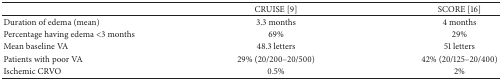
<table><thead><tr><td><b> </b></td><td><b>CRUISE [9] </b></td><td><b>SCORE [16] </b></td></tr></thead><tbody><tr><td>Duration of edema (mean) </td><td>3.3 months </td><td>4 months </td></tr><tr><td>Percentage having edema &lt;3 months</td><td>69% </td><td>29% </td></tr><tr><td>Mean baseline VA </td><td>48.3 letters </td><td>51 letters </td></tr><tr><td>Patients with poor VA </td><td>29% (20/200–20/500)</td><td>42% (20/125–20/400)</td></tr><tr><td>Ischemic CRVO </td><td>0.5% </td><td>2% </td></tr></tbody></table>